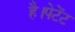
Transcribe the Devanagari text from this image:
है।पेटेंट